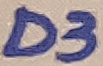
Text: D3